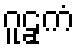
ဂူဠှကံ